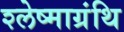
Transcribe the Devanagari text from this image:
श्लेष्माग्रंथि